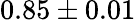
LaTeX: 0.85\pm 0.01